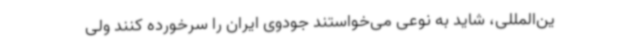
ین‌المللی، شاید به نوعی می‌خواستند جودوی ایران را سرخورده کنند ولی